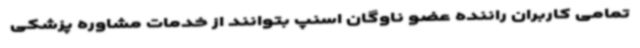
تمامی کاربران راننده عضو ناوگان اسنپ بتوانند از خدمات مشاوره پزشکی